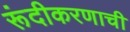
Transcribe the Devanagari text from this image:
रूंदीकरणाची